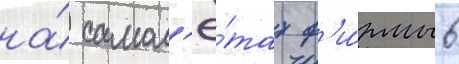
на́ самол'ё́тах ф'и́рмы 6